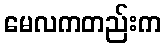
မေလကတည်းက